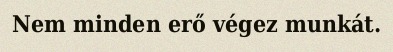
Nem minden erő végez munkát.